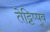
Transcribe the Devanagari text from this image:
तेट्टिप्पूव